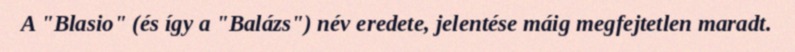
A "Blasio" (és így a "Balázs") név eredete, jelentése máig megfejtetlen maradt.